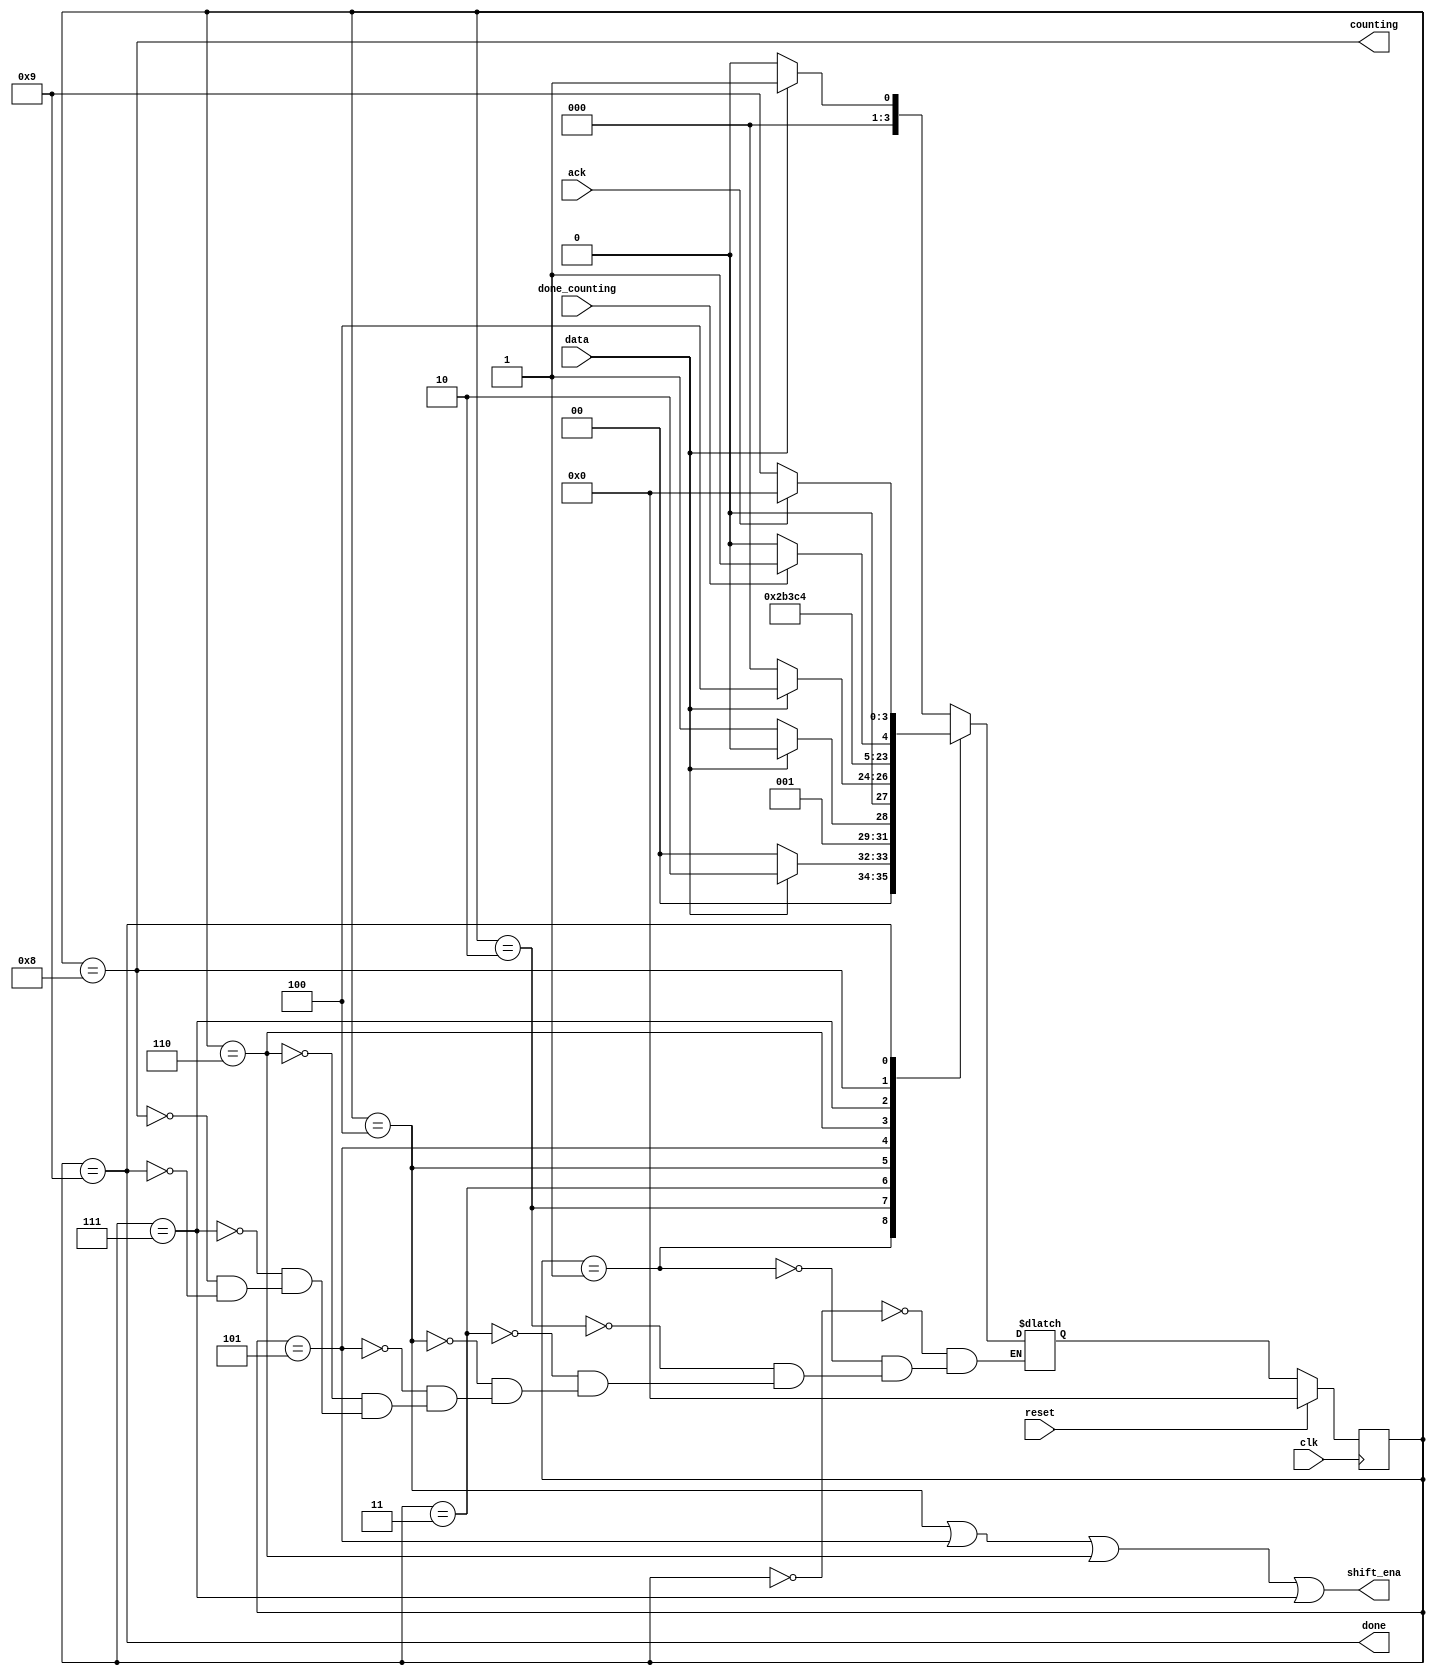
module top_module (
    input clk,
    input reset,      // Synchronous reset
    input data,
    output shift_ena,
    output counting,
    input done_counting,
    output done,
    input ack );
	
    // pattern recognition
    parameter IDLE=0, PT0=1, PT1=2, PT2=3, PT3=4, SFT1=5, SFT2=6, SFT3=7, CNT=8, DONE=9;
    reg [3:0] state, next;
    reg shift_input;
    
    always @(*) begin
        case (state)
            IDLE: next = data?PT0:IDLE;
            PT0: next = data?PT1:IDLE;
            PT1: next = data?PT1:PT2;
            PT2: next = data?PT3:IDLE;
            PT3: next = SFT1;
            SFT1: next = SFT2;
            SFT2: next = SFT3;
            SFT3: next = CNT;
            CNT: next = done_counting?DONE:CNT;
            DONE: next = ack?IDLE:DONE;
        endcase
    end
    
    always @(posedge clk) begin
        if (reset) begin
            state <= IDLE;
        end
        else begin
            state <= next;
        end
    end
    
    assign shift_ena = (state==PT3 || state==SFT1 || state==SFT2 || state==SFT3);
    assign counting = (state==CNT);
    assign done = (state==DONE);


    
endmodule